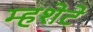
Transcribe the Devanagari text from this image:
म्हशेटे